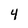
Character: 4